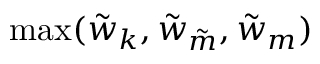
\operatorname* { m a x } ( \tilde { w } _ { k } , \tilde { w } _ { \tilde { m } } , \tilde { w } _ { m } )